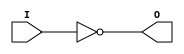
///////////////////////////////////////////////////////////////////////////////
// Copyright (c) 1995/2009 Xilinx, Inc.
// All Right Reserved.
///////////////////////////////////////////////////////////////////////////////
//   ____  ____
//  /   /\/   /
// /___/  \  /    Vendor : Xilinx
// \   \   \/     Version : 8.1i (I.13)
//  \   \         Description : Xilinx Timing Simulation Library Component
//  /   /                  Inverter
// /___/   /\     Filename : INV.v
// \   \  /  \    Timestamp : Thu Mar 25 16:43:55 PST 2004
//  \___\/\___\
//
// Revision:
//    03/23/04 - Initial version.
//    03/11/05 - Add LOC paramter;
//    12/13/11 - Added `celldefine and `endcelldefine (CR 524859).
// End Revision

`timescale 1 ps/1 ps

`celldefine

module INV (O, I);


`ifdef XIL_TIMING

  parameter LOC = "UNPLACED";

`endif

  output O;
  input I;

  not n1 (O, I);

`ifdef XIL_TIMING

  specify

	(I => O) = (0:0:0, 0:0:0);
	specparam PATHPULSE$ = 0;

  endspecify

`endif

endmodule

`endcelldefine